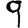
Digit: 9